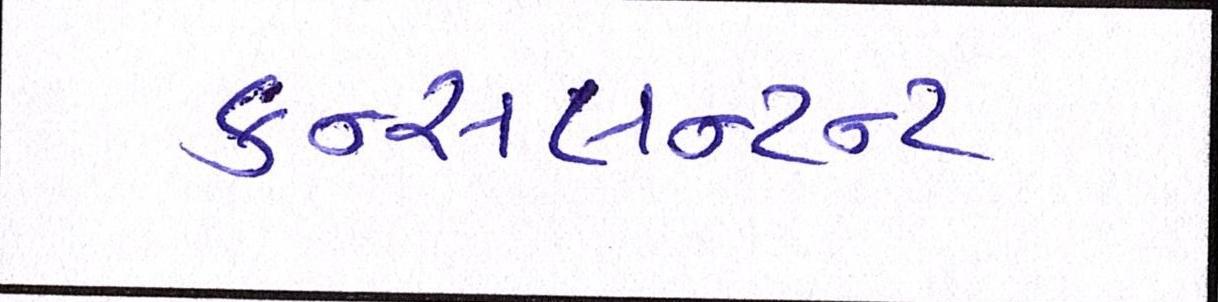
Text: કન્સલન્ટન્ટ